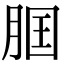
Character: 𦛢